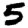
Digit: 5